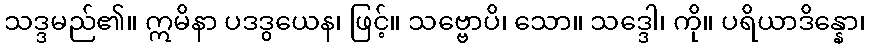
သဒ္ဒမည်၏။ ဣမိနာ ပဒဒွယေန၊ ဖြင့်။ သဗ္ဗောပိ၊ သော။ သဒ္ဒေါ၊ ကို။ ပရိယာဒိန္နော၊